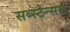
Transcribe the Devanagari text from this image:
सब्स्टेन्सस